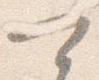
可